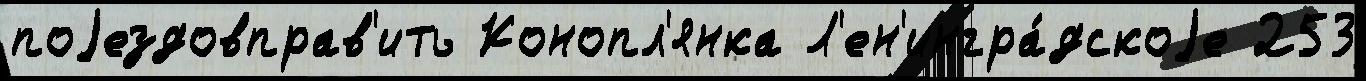
поjездовправ'ить Конопл'янка Л'ен'ингра́дскоjе 253